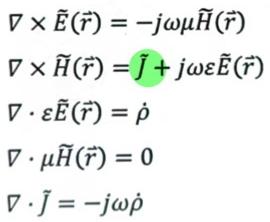
\begin{align*}
\nabla\times\widetilde{\boldsymbol{E}}(\widetilde{\boldsymbol{r}})&=-j\omega\mu\widetilde{\boldsymbol{H}}(\widetilde{\boldsymbol{r}})\\
\nabla\times\widetilde{\boldsymbol{H}}(\widetilde{\boldsymbol{r}})&=\widetilde{\boldsymbol{J}}+j\omega\varepsilon\widetilde{\boldsymbol{E}}(\widetilde{\boldsymbol{r}})\\
\nabla\cdot\varepsilon\widetilde{\boldsymbol{E}}(\widetilde{\boldsymbol{r}})&=\widetilde{\rho}\\
\nabla\cdot\mu\widetilde{\boldsymbol{H}}(\widetilde{\boldsymbol{r}})&=0\\
\nabla\cdot\widetilde{\boldsymbol{J}}&=-j\omega\widetilde{\rho}
\end{align*}